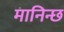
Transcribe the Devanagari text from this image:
मानिन्छ